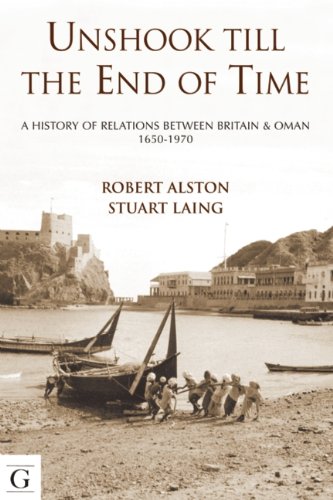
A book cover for Unshook Till the End of Time - A History of Britain and Oman, 1650-1975; Stuart Laing; History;